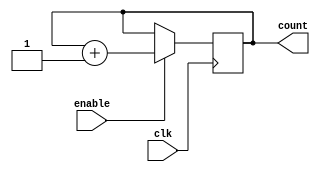
module binary_up_counter(
    input wire clk,
    input wire enable,
    output reg [3:0] count
);

always @(posedge clk) begin
    if(enable) begin
        count <= count + 1;
    end
end

endmodule